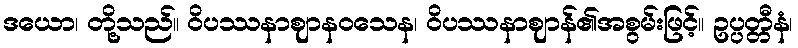
ဒယော၊ တို့သည်။ ဝိပဿနာဈာနဝသေန၊ ဝိပဿနာဈာန်၏အစွမ်းဖြင့်။ ဥပ္ပတ္တီနံ၊